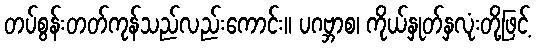
တပ်စွန်းတတ်ကုန်သည်လည်းကောင်း။ ပဂဗ္ဘာစ၊ ကိုယ်နှုတ်နှလုံးတို့ဖြင့်